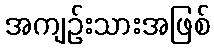
အကျဉ်းသားအဖြစ်